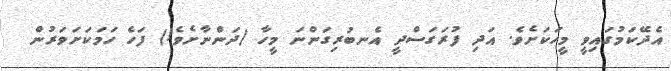
އެދޭކަމުގައިވީ މީހަކަށެވެ. އަދި ފުރަގަސްދީ އެނބުރިގަންނަ މީހާ (ދަންނާށެވެ!) ފަހެ ހަމަކަށަވަރުން